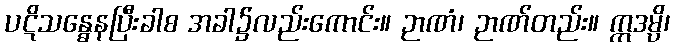
ပဋိသန္ဓေနပြီးခါစ အခါ၌လည်းကောင်း။ ဉာဏံ၊ ဉာဏ်တည်း။ ဣဒမ္ပိ၊